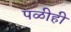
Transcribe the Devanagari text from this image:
पळीही